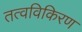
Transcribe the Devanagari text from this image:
तत्वविकिरण